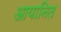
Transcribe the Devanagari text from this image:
आयानित